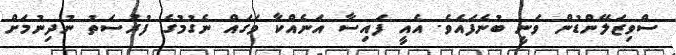
ސްވިޒަލޭންޑުން ވަނީ ބުނެފައެވެ. އެއީ ފައިސާ އަނެއްކާ ވަގައް ނެގުމުގެ ފުރުސަތު ނުދިނުމަށް